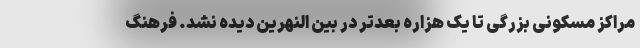
مراکز مسکونی بزرگی تا یک هزاره بعدتر در بین النهرین دیده نشد. فرهنگ